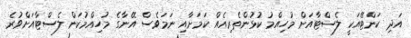
އަދި ކަންޓޭއަކީ ލެސްޓާއަށް މުހިއްމު ކުޅުންތެރިއެއް ކަމަށާއި ނަމަވެސް އޭނާގެ މުހިއްމުކަން ލެސްޓާއަށްވުރެ